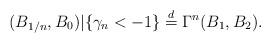
LaTeX: \begin{align*}(B_{1/n},B_0)|\{ \gamma_n < - 1\} \stackrel{d}{=} \Gamma^n(B_1, B_2).\end{align*}